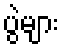
ပွဲများ